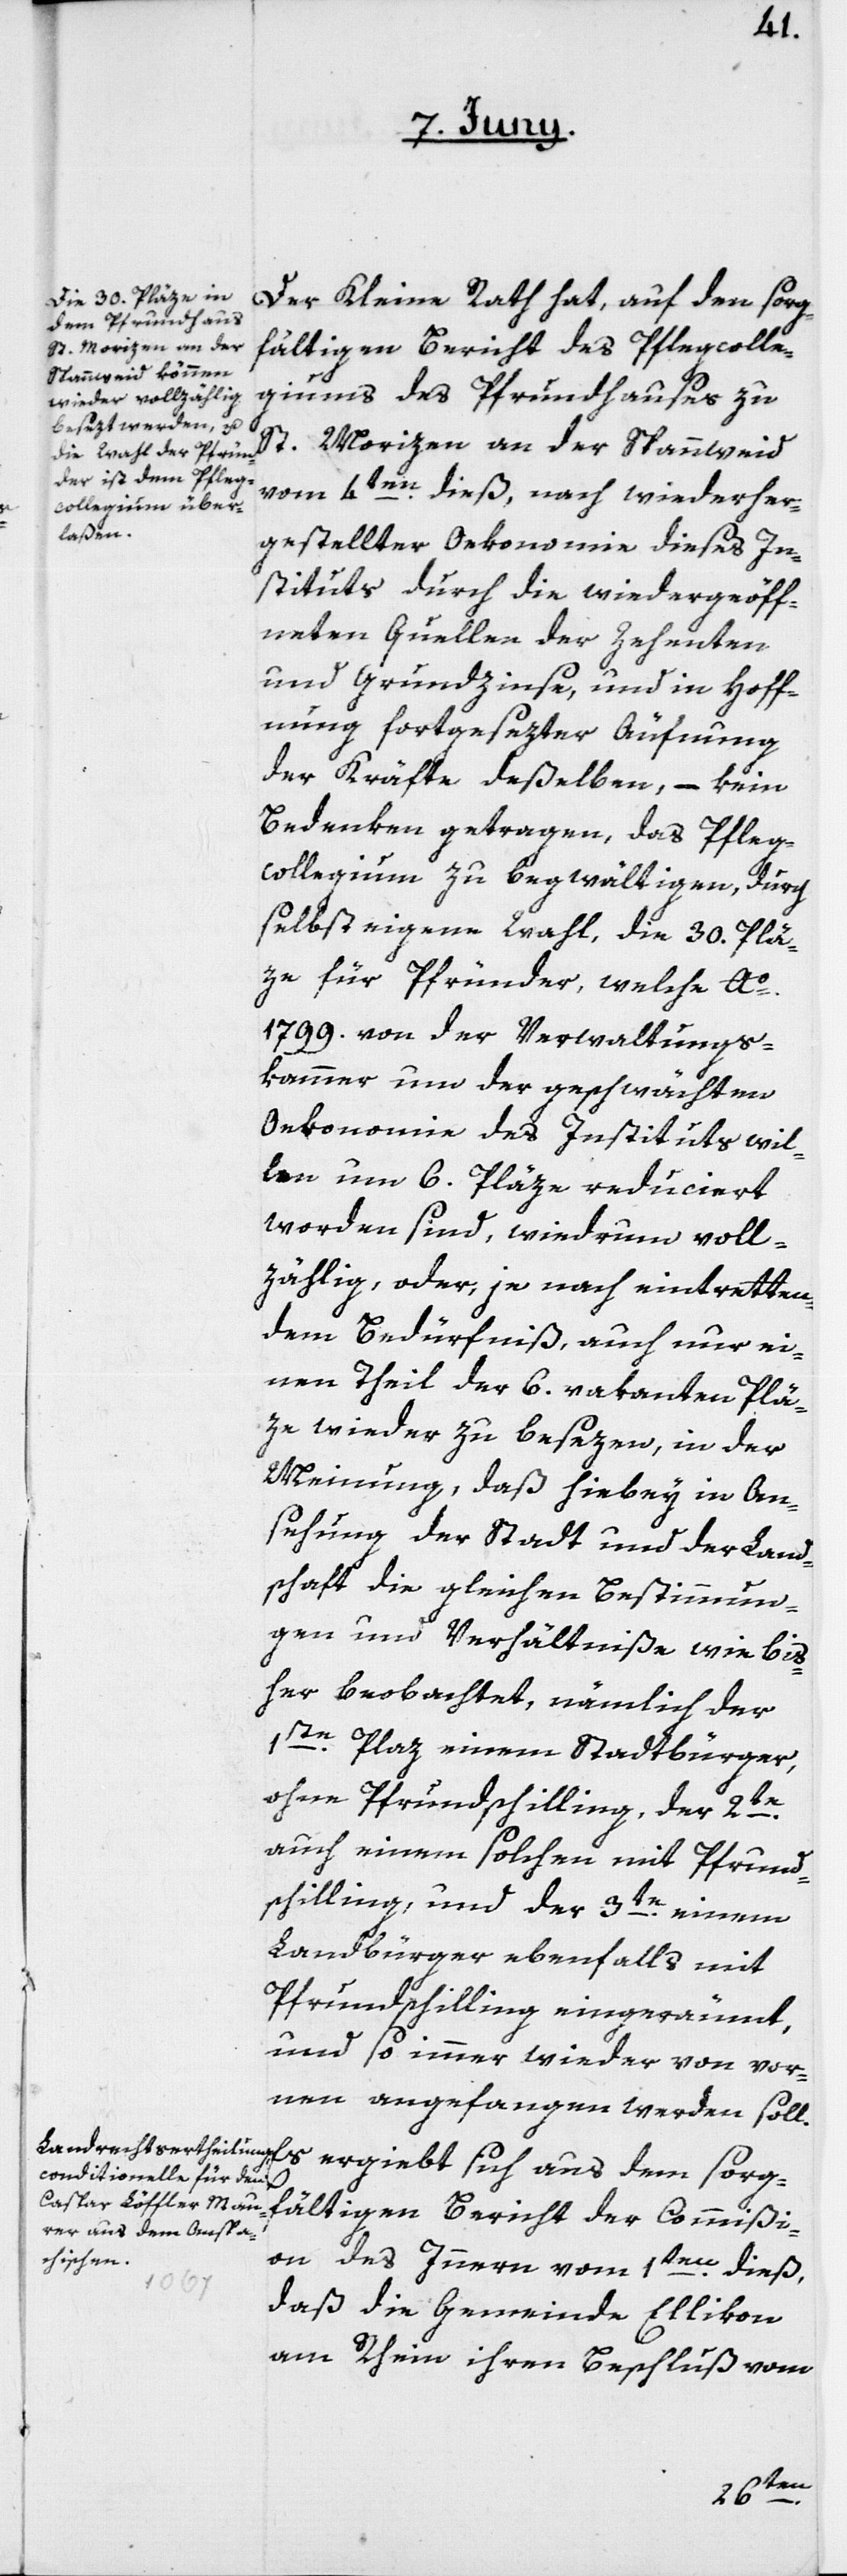
Der Kleine Rath hat, auf den sorg¬
fältigen Bericht des Pflegcolle¬
giums des Pfrundhauses zu
St. Morizen an der Spannweid
vom 4ten dieß, nach wiederher¬
gestellter Oekonomie dieses In¬
stituts, durch die wiedergeöff¬
neten Quellen der Zehenten
und Grundzinse, und in Hoff¬
nung fortgesezter Äufnung
der Kräfte deßelben, – kein
Bedenken getragen, das Pfleg¬
collegium zu begwältigen, durch
selbst eigene Wahl, die 30. Plä¬
ze für Pfründer, welche Ao
1799. von der Verwaltungs¬
kammer um der geschwächten
Oekonomie des Instituts wil¬
len, um 6. Pläze reduciert
worden sind, wiederum voll¬
zählig, oder, je nach eintretten¬
dem Bedürfniß, auch nur ei¬
nen Theil der 6. vakanten Plä¬
ze wieder zu besezen, in der
Meinung, daß hiebey in An¬
sehung der Stadt und der Land¬
schaft die gleichen Bestimmun¬
gen und Verhältniße, wie bis¬
her beobachtet, nämlich der
1ste Plaz einem Stadtbürger,
ohne Pfrundschilling, der 2te
auch einem solchen mit Pfrund¬
schilling, und der 3te einem
Landbürger ebenfalls mit
Pfrundschilling eingeräumt,
und so immer wieder von vor¬
nen angefangen werden soll.
Es ergiebt sich aus dem sorg¬
fältigen Bericht der Commißi¬
on des Innern vom 1ten dieß,
daß die Gemeinde Ellikon
am Rhein ihren Beschluß vom